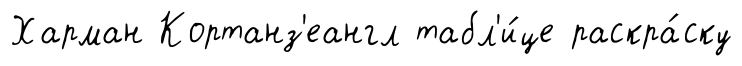
Харман Кортанз'еангл табл'и́це раскра́ску